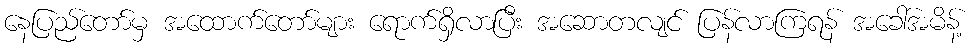
နေပြည်တော်မှ အထောက်တော်များ ရောက်ရှိလာပြီး အဆောတလျင် ပြန်လာကြရန် အခေါ်အမိန့်